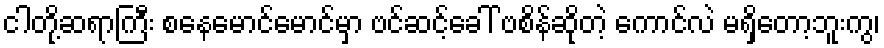
ငါတို့ဆရာကြီး စနေမောင်မောင်မှာ ဗင်ဆင့်ခေါ် ဗစိန်ဆိုတဲ့ ကောင်လဲ မရှိတော့ဘူးကွ၊